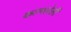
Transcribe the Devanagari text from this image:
कल्पलेली